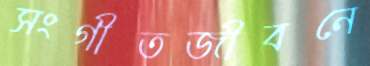
সংগীতজীবনে